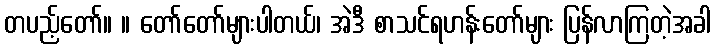
တပည့်တော်။ ။ တော်တော်များပါတယ်၊ အဲဒီ စာသင်ရဟန်းတော်များ ပြန်လာကြတဲ့အခါ